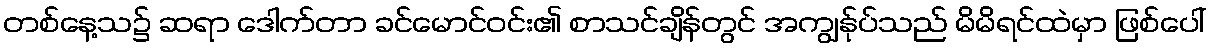
တစ်နေ့သ၌ ဆရာ ဒေါက်တာ ခင်မောင်ဝင်း၏ စာသင်ချိန်တွင် အကျွန်ုပ်သည် မိမိရင်ထဲမှာ ဖြစ်ပေါ်